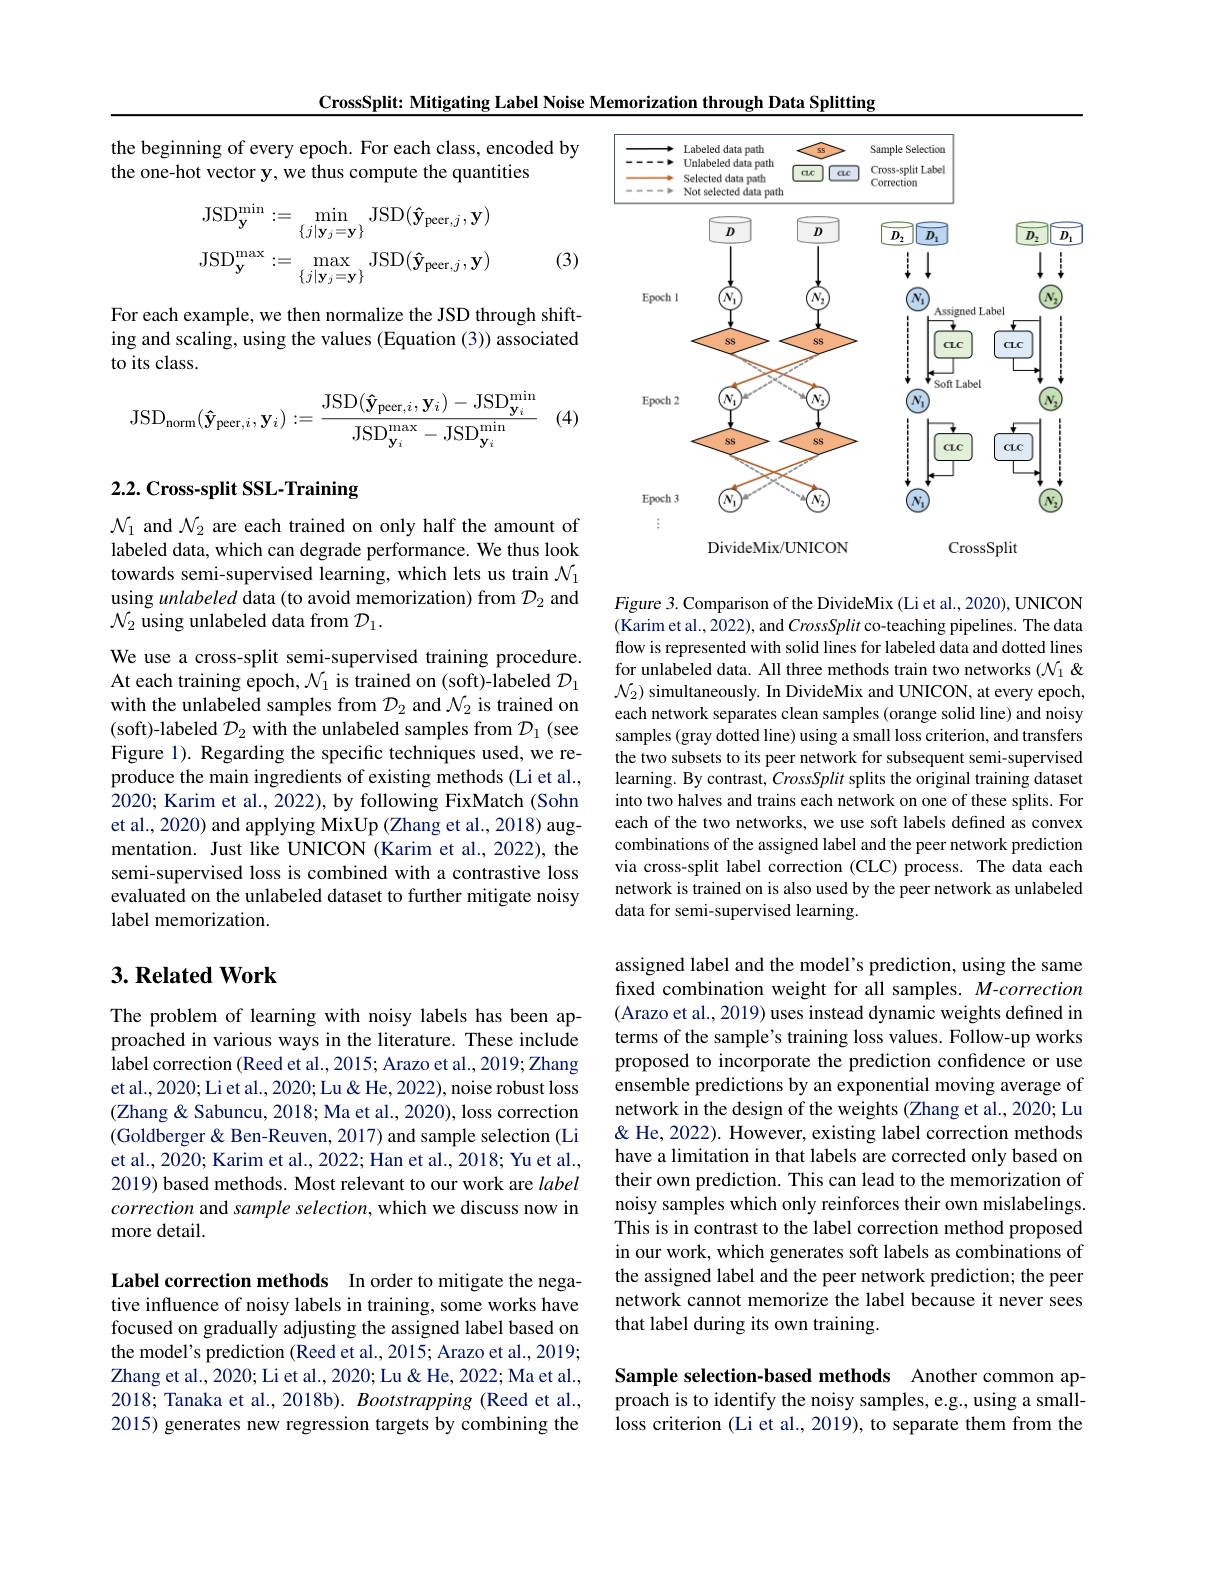
CrossSplit: Mitigating Label Noise Memorization through Data Splitting

the beginning of every epoch. For each class, encoded by
the one-hot vector y, we thus compute the quantities
$$\mathrm{JSD}_{\mathbf{y}}^{\mathrm{min}}:=\min_{\{j|\mathbf{y}_{j}=\mathbf{y}\}}\mathrm{JSD}(\mathbf{\hat{y}}_{\mathrm{peer},j},\mathbf{y})\\\mathrm{JSD}_{\mathbf{y}}^{\mathrm{max}}:=\max_{\{j|\mathbf{y}_{j}=\mathbf{y}\}}\mathrm{JSD}(\mathbf{\hat{y}}_{\mathrm{peer},j},\mathbf{y})$$
(3)

For each example, we then normalize the JSD through shifting and scaling, using the values (Equation (3)) associated to its class.
$$\mathrm{JSD}_{\mathrm{norm}}(\mathbf{\hat{y}}_{\mathrm{peer},i},\mathbf{y}_{i}):=\frac{\mathrm{JSD}(\mathbf{\hat{y}}_{\mathrm{peer},i},\mathbf{y}_{i})-\mathrm{JSD}_{{\mathbf{y}_{i}}}^{\mathrm{min}}}{\mathrm{JSD}_{{\mathbf{y}_{i}}}^{\mathrm{max}}-\mathrm{JSD}_{{\mathbf{y}_{i}}}^{\mathrm{min}}}$$
(4)

# 2.2. Cross-split SSL-Training

$\mathcal{N}_1$ and $\mathcal{N}_2$ are each trained on only half the amount of labeled data, which can degrade performance. We thus look towards semi-supervised learning, which lets us train $\mathcal{N}_1$ using unlabeled data (to avoid memorization) from $\mathcal{D}_2$ and $\mathcal{N}_2$ using unlabeled data from $\mathcal{D}_1.$

We use a cross-split semi-supervised training procedure At each training epoch, $\mathcal{N}_1$ is trained on (soft)-labeled $\mathcal{D}_1$ with the unlabeled samples from $\mathcal D_2$ and $\mathcal{N}_2$ is trained on (soft)-labeled $\mathcal{D}_2$ with the unlabeled samples from $\mathcal{D}_1$ (see Figure 1). Regarding the specific techniques used, we reproduce the main ingredients of existing methods (Li et al., 2020; Karim et al., 2022), by following FixMatch (Sohn et al., 2020) and applying MixUp (Zhang et al., 2018) augmentation. Just like UNICON (Karim et al., 2022), the semi-supervised loss is combined with a contrastive loss evaluated on the unlabeled dataset to further mitigate noisy label memorization.

## $3. \textbf{Related Work}$

The problem of learning with noisy labels has been approached in various ways in the literature. These include $\overset{1}{\operatorname*{label}}$correction (Reed et al., 2015; Arazo et al., 2019; Zhang et al., 2020; Li et al., 2020; Lu & He, 2022), noise robust loss (Zhang& Sabuncu, 2018; Ma et al., 2020), loss correction (Goldberger& Ben-Reuven, 2017) and sample selection (Li et al., 2020; Karim et al., 2022; Han et al., 2018; Yu et al., 2019) based methods. Most relevant to our work are label correction and sample selection, which we discuss now in more detail.

Label correction methods In order to mitigate the negative influence of noisy labels in training, some works have focused on gradually adjusting the assigned label based on the model's prediction (Reed et al., 2015; Arazo et al., 2019; Zhang et al., 2020; Li et al., 2020; Lu & He, 2022; Ma et al., 2018; Tanaka et al., 2018b). Bootstrapping (Reed et al., 2015) generates new regression targets by combining the

<FigureHere>

Figure 3. Comparison of the DivideMix (Li et al., 2020), UNICON (Karim et al., 2022), and CrossSplit co-teaching pipelines. The data flow is represented with solid lines for labeled data and dotted lines for unlabeled data. All three methods train two networks $(\mathcal{N}_1\&$ $\mathcal{N}_2)$ simultaneously. In DivideMix and UNICON, at every epoch, each network separates clean samples (orange solid line) and noisy samples (gray dotted line) using a small loss criterion, and transfers the two subsets to its peer network for subsequent semi-supervised learning. By contrast, CrossSplit splits the original training dataset into two halves and trains each network on one of these splits. For each of the two networks, we use soft labels defined as convex combinations of the assigned label and the peer network prediction via cross-split label correction (CLC) process. The data each network is trained on is also used by the peer network as unlabeled data for semi-supervised learning.

assigned label and the model's prediction, using the same fixed combination weight for all samples. M-correction (Arazo et al., 2019) uses instead dynamic weights defined in terms of the sample's training loss values. Follow-up works proposed to incorporate the prediction confdence or use ensemble predictions by an exponential moving average of network in the design of the weights (Zhang et al., 2020; Lu & He, 2022). However, existing label correction methods have a limitation in that labels are corrected only based on their own prediction. This can lead to the memorization of noisy samples which only reinforces their own mislabelings. This is in contrast to the label correction method proposed in our work, which generates soft labels as combinations of the assigned label and the peer network prediction; the peer network cannot memorize the label because it never sees that label during its own training.

Sample selection-based methods Another common approach is to identify the noisy samples, e.g., using a smallloss criterion (Li et al., 2019), to separate them from the